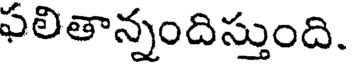
ఫలితాన్నందిస్తుంది.